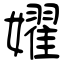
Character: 嬥